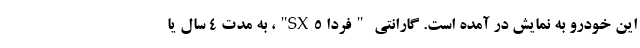
این خودرو به نمایش در آمده است. گارانتی "فردا SX5"، به مدت ۴ سال یا